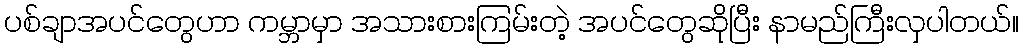
ပစ်ချာအပင်တွေဟာ ကမ္ဘာမှာ အသားစားကြမ်းတဲ့ အပင်တွေဆိုပြီး နာမည်ကြီးလှပါတယ်။